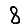
Digit: 8